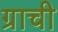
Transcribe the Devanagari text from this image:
ग्राची